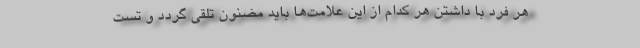
هر فرد با داشتن هر کدام از این علامت‌ها باید مضنون تلقی گردد و تست